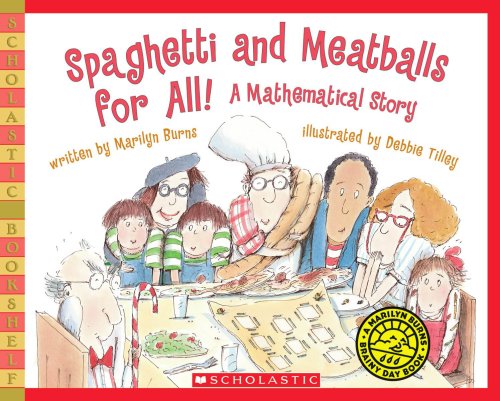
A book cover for Spaghetti And Meatballs For All! (Scholastic Bookshelf: Math Skills); Marilyn Burns; Children's Books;